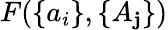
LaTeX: F(\{ a_{i}\} ,\{ A_{\mathbf{j}}\} )